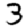
Digit: 3